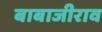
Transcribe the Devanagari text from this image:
बाबाजीराव